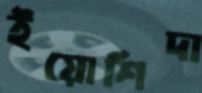
ইয়োশিদা